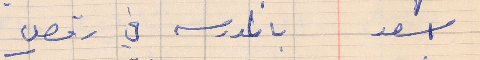
اسعد      بالمدرسه في رقص